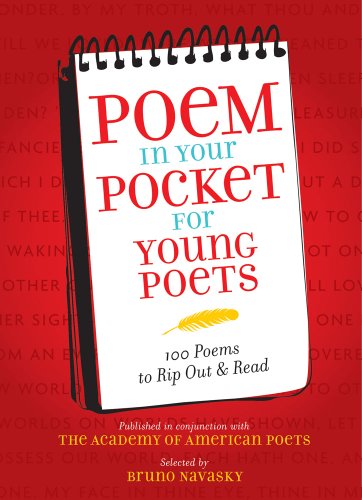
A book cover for Poem in Your Pocket for Young Poets; Academy of American Poets; Teen & Young Adult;